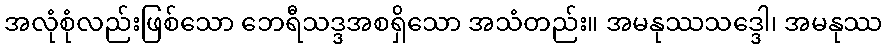
အလုံစုံလည်းဖြစ်သော ဘေရီသဒ္ဒအစရှိသော အသံတည်း။ အမနုဿသဒ္ဒေါ၊ အမနုဿ